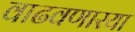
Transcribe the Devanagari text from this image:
वाढवणारया